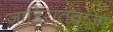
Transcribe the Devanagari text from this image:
जाहिरातवाजा